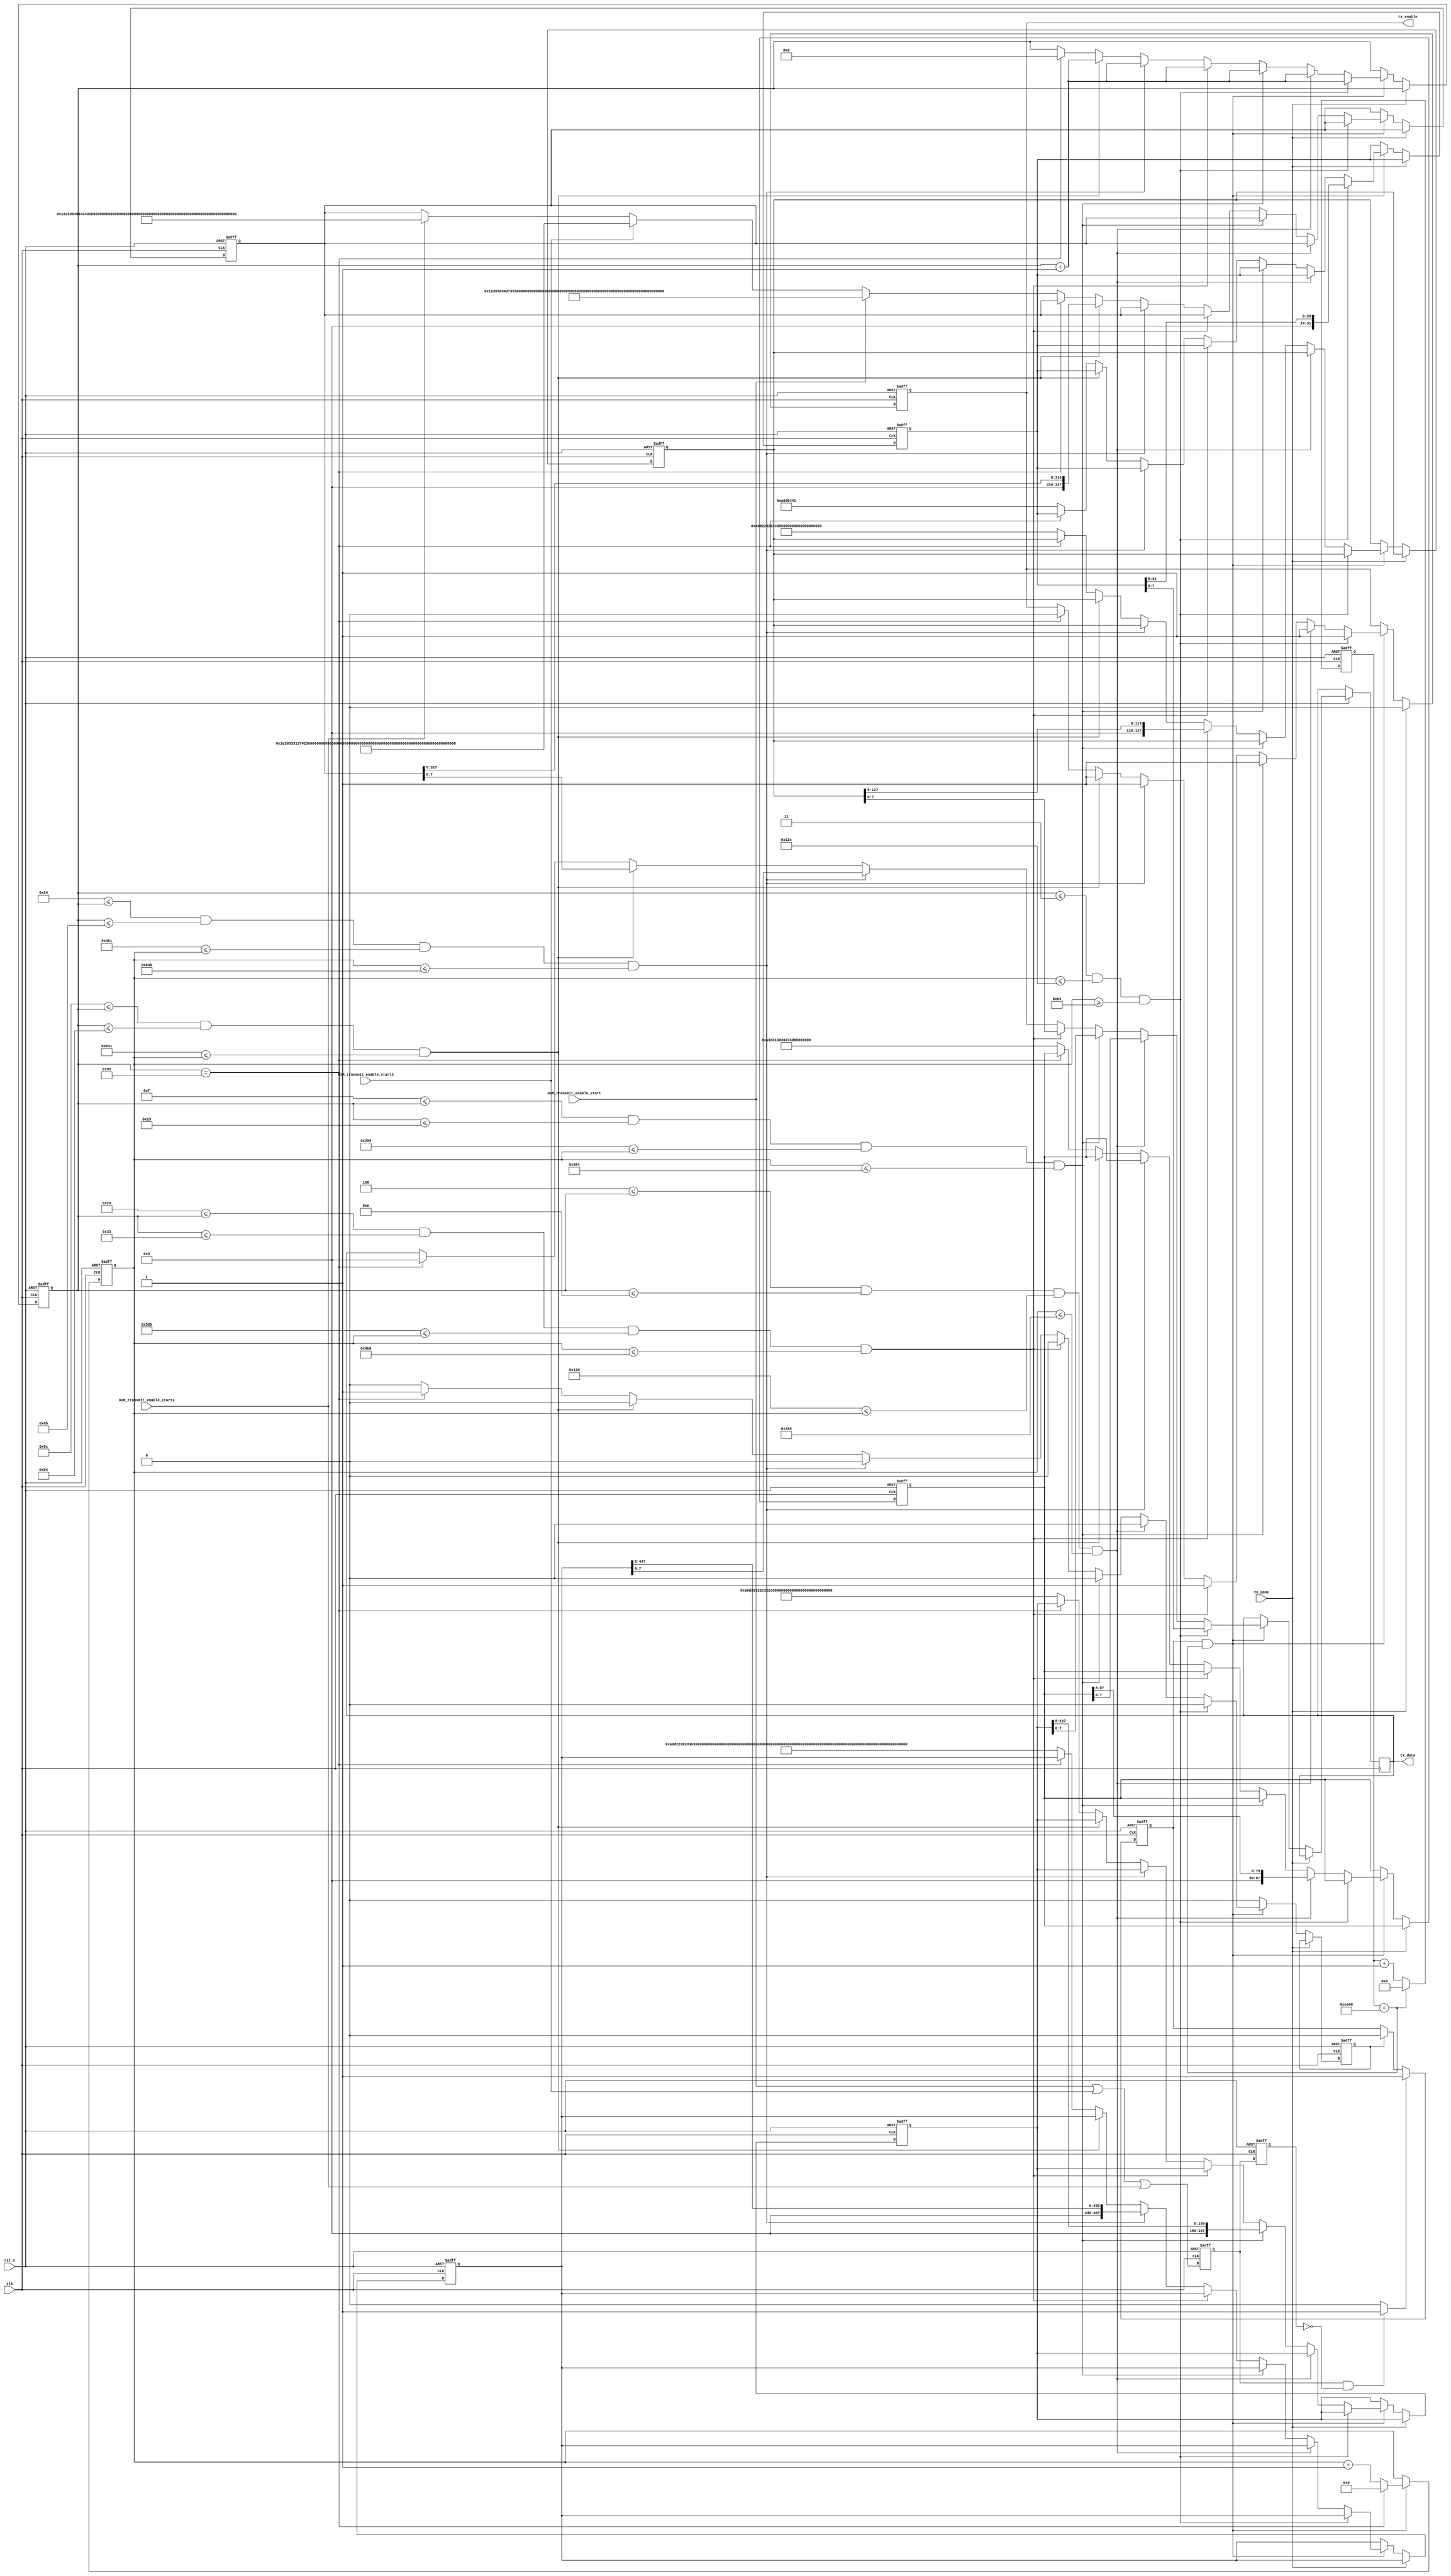
`timescale 1ns / 1ps
//////////////////////////////////////////////////////////////////////////////////
// Company: 
// Engineer: 
// 
// Design Name: 
// Module Name:    TX_GSM 
// Project Name: 
// Target Devices: 
// Tool versions: 
// Description: 
//
// Dependencies: 
//
// Revision: 
// Revision 0.01 - File Created
// Additional Comments: 
//
//////////////////////////////////////////////////////////////////////////////////
//////////////////////////////////////////////////////////////////////////////////
 module TX_GSM(
             input clk,
             input rst_n,
             input tx_done,
             input GSM_transmit_enable_start,
			 input GSM_transmit_enable_start2,
			 input GSM_transmit_enable_start3,
             output reg tx_enable,
             output reg[7:0]tx_data
          );
             
            reg [31:0]GSM_AT;//AT
            reg [167:0]GSM_CSMP;//AT+CSMP=17,167,2,25
            reg [127:0]GSM_CSCS;//AT+CSCS="UCS2" UCS2  
            reg [87:0]GSM_CMGF;//AT+CMGF=1
            reg [447:0]GSM_CMGS;//AT + CMGS="phone_number"
            reg [327:0]GSM_TEXT;//message
            reg [9:0] GSM_num;
				reg neg1;
				reg neg2;
				wire neg_en;
				reg GSM_start;
				reg GSM_transmit_enable_stop;
            
            parameter TIME_ENABLE = 26'd60_000;
            reg[25:0] CNT_tx_enable;
            reg[20:0] CNT_tx_state_enable;          
            
             always@(posedge clk or negedge rst_n)
             begin
                if(!rst_n)
                   CNT_tx_enable <= 26'd0;
                else if(CNT_tx_enable == TIME_ENABLE)
                   CNT_tx_enable <= 26'd0;
                else 
                   CNT_tx_enable <= CNT_tx_enable + 1'b1;
             end
				 
				  always@(posedge clk or negedge rst_n)
				  begin
						if(!rst_n)
							 begin
								  neg1 <= 0;
								  neg2 <= 0;
							 end
						else
							 begin
								  neg1 <= (GSM_transmit_enable_start||GSM_transmit_enable_start2||GSM_transmit_enable_start3);
								  neg2 <= neg1;
							 end
				  end
				  
				  assign neg_en = (neg1 && !neg2)? 1'b1 : 1'b0;
				  
				  always@(posedge clk or negedge rst_n)
				  begin
					if(!rst_n)
						GSM_start <= 0;
					else if(neg_en)
						GSM_start <= 1;
					else if(GSM_transmit_enable_stop)
						GSM_start <= 0;
					else
						GSM_start <= GSM_start;
				  end
             
            always@(posedge clk or negedge rst_n)
             begin
                if(!rst_n)
                   CNT_tx_state_enable <= 26'd0;
                else if(CNT_tx_enable == TIME_ENABLE && GSM_start == 1'b1)
                begin    
                   if(GSM_num == 149)//&& cnt_T5s == 5400) 
                        CNT_tx_state_enable <= 26'd0;
                   else             
                     CNT_tx_state_enable <= CNT_tx_state_enable + 1'b1;
                end
                else 
                   CNT_tx_state_enable <= CNT_tx_state_enable;
             end
             
            always@(posedge clk or negedge rst_n)
             begin
                 if(!rst_n)
                     begin
                         tx_enable <= 1'b0;
                         GSM_AT <= 32'h0;//a_0d_54_41;
                         GSM_num <= 1'b0;
                         GSM_TEXT <= 1'b0;
                         GSM_transmit_enable_stop <= 1'b0;
                         GSM_CMGS <= 1'b0;
                         GSM_CSCS <= 128'h0;//a_0d_22_32_53_43_55_22_3d_53_43_53_43_2b_54_41;//AT+CSCS="UCS2",16
                         GSM_CMGF <= 88'h0;//a_0d_31_3d_46_47_4d_43_2b_54_41;//AT+CMGF=1,11
                         GSM_CSMP <= 168'h0;//a_0d_35_32_2c_32_2c_37_36_31_2c_37_31_3d_50_4d_53_43_2b_54_41;//AT+CSMP=17,167,2,25  ,21
                     end
                 else if(tx_done)
                         tx_enable <= 1'b0;
								 
                 else if(GSM_start && CNT_tx_enable == TIME_ENABLE)
                     begin
                         if((GSM_num <= 3) && (CNT_tx_state_enable <= 300) && (CNT_tx_state_enable >= 100) )//AT
                             begin
                                 tx_enable <= 1'b1;
                                 tx_data <= GSM_AT;
                                 GSM_AT <= GSM_AT >> 8;
                                 GSM_num <= GSM_num + 1'b1;
                                 GSM_transmit_enable_stop <= 1'b0;
                             end
                        else if( 4 <= GSM_num && GSM_num <= 14 && 301 <= CNT_tx_state_enable && CNT_tx_state_enable <= 600)//CMGF
                            begin
                                tx_enable <= 1'b1;
                                tx_data <= GSM_CMGF;         
                                GSM_CMGF <= GSM_CMGF >> 8;
                                GSM_num <= GSM_num + 1'b1;
                                GSM_transmit_enable_stop <= 1'b0;
                            end
                        else if( 15 <= GSM_num && GSM_num <= 35 &&  601 <= CNT_tx_state_enable && CNT_tx_state_enable <= 900 )//CSMP
                            begin
                                tx_enable <= 1'b1;
                                tx_data <= GSM_CSMP;
                                GSM_CSMP <= GSM_CSMP >> 8;
                                GSM_num <= GSM_num + 1'b1;
                                GSM_transmit_enable_stop <= 1'b0;
                            end
                        else if( 36 <= GSM_num && GSM_num <= 51 && 901 <= CNT_tx_state_enable && CNT_tx_state_enable <= 1200)//CSCS
                            begin
                                tx_enable <= 1'b1;
                                tx_data <= GSM_CSCS;
                                GSM_CSCS <= GSM_CSCS >> 8;
                                GSM_num <= GSM_num + 1'b1;
                                GSM_transmit_enable_stop <= 1'b0;
                            end
                        else if( 52 <= GSM_num && GSM_num <= 107 && 1201 <= CNT_tx_state_enable && CNT_tx_state_enable <= 1600)//CMGS
                            begin
                                tx_enable <= 1'b1;
                                tx_data <= GSM_CMGS;
                                GSM_CMGS <= GSM_CMGS >> 8;
                                GSM_num <= GSM_num + 1'b1;
                                GSM_transmit_enable_stop <= 1'b0;
                            end
                        else if( 108 <= GSM_num && GSM_num <= 148 && 1601 <= CNT_tx_state_enable )//TEXT
                            begin
                                tx_enable <= 1'b1;
                                tx_data <= GSM_TEXT ;     
                                GSM_TEXT <= GSM_TEXT >> 8;
                                GSM_num <= GSM_num + 1'b1;
                                GSM_transmit_enable_stop <= 1'b0;
                            end
                        else if(GSM_num == 149)// && cnt_T5s == 5400)
                            begin
                                tx_enable <= 1'b0;
                                GSM_transmit_enable_stop <= 1'b1;
                                tx_data <= 0;
                                GSM_num <= 1'b0;
                            end
                     
						   	else
                            begin
								        tx_enable <= tx_enable;
								        tx_data <= tx_data;
								        GSM_num <= GSM_num;
								        GSM_transmit_enable_stop <= 1'b0;
								        GSM_AT <= 32'h0a_0d_54_41;
								        GSM_CSCS <= 128'h0a_0d_22_32_53_43_55_22_3d_53_43_53_43_2b_54_41;//AT+CSCS="UCS2",16
								        GSM_CMGF <= 88'h0a_0d_31_3d_46_47_4d_43_2b_54_41;//AT+CMGF=1,11
								        GSM_CSMP <= 168'h0a_0d_35_32_2c_32_2c_37_36_31_2c_37_31_3d_50_4d_53_43_2b_54_41;//AT+CSMP=17,167,2,25  ,21
								       //   
									   if(GSM_transmit_enable_start==1)
								        GSM_TEXT <= 'h1a_36_30_34_37_35_30_45_36_36_46_35_36_41_43_33_35_37_46_42_38_43_32_30_30_31_45_45_36_36_37_38_36_37_46_33_35_30_30_45_34;//  msg{8'h1a,8'h06,8'h74,8'h05,8'h6E,8'hF6,8'h65,8'hCA,8'h53,8'hF7,8'h8B,8'h0C,8'hFF,8'hE1,8'h6E,8'hF2,8'h5D};//
								        else if(GSM_transmit_enable_start2==1)
										 GSM_TEXT <='h1a_30_33_31_37_42_36_30_37_30_33_32_35_42_34_44_36_30_43_38_36_36_37_38_36_45_33_37_35_33_38_37_35_37_46_33_35_30_30_45_34;
										else if(GSM_transmit_enable_start3==1)
										 GSM_TEXT <='h1a_33_35_46_34_34_31_43_36_33_42_42_35_39_30_37_36_30_33_32_35_42_34_44_36_30_43_38_36_36_37_38_36_37_46_33_35_30_30_45_34;
										else;
										GSM_CMGS <= 448'h0a_0d_22_39_33_30_30_38_33_30_30_30_33_30_30_32_33_30_30_33_33_30_30_30_33_30_30_32_33_30_30_39_33_30_30_35_33_30_30_38_33_30_30_31_33_30_30_22_3d_53_47_4d_43_2b_54_41;//

                           end   //{8'h1a,8'h72,8'h65,8'h76,8'h65,8'h66,8'h20,8'h74,8'h6f,8'h67,8'h20,8'h79,8'h62,8'h61,8'h62}
                      end
                 else
                    begin
                        tx_enable <= tx_enable;
                        GSM_num <= GSM_num;
                        GSM_transmit_enable_stop <= 1'b0;
                   end
           end

endmodule